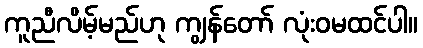
ကူညီလိမ့်မည်ဟု ကျွန်တော် လုံးဝမထင်ပါ။